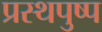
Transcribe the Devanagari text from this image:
प्रस्थपुष्प